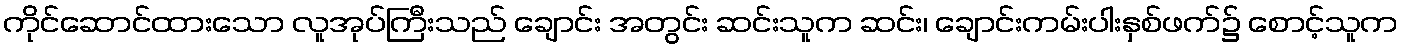
ကိုင်ဆောင်ထားသော လူအုပ်ကြီးသည် ချောင်း အတွင်း ဆင်းသူက ဆင်း၊ ချောင်းကမ်းပါးနှစ်ဖက်၌ စောင့်သူက